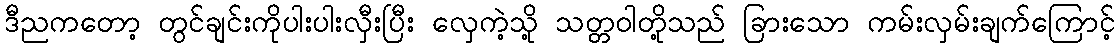
ဒီညကတော့ တွင်ချင်းကိုပါးပါးလှီးပြီး လှေကဲ့သို့ သတ္တဝါတို့သည် ခြားသော ကမ်းလှမ်းချက်ကြောင့်